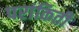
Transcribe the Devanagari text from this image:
परांकिती